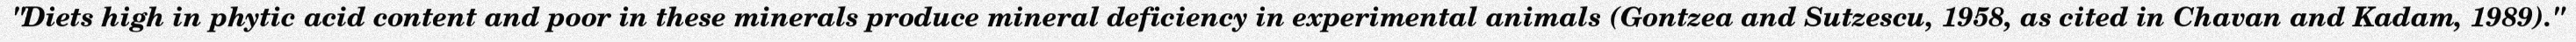
"Diets high in phytic acid content and poor in these minerals produce mineral deficiency in experimental animals (Gontzea and Sutzescu, 1958, as cited in Chavan and Kadam, 1989)."